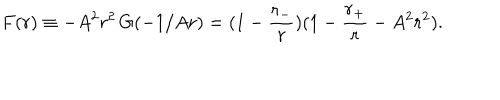
F ( r ) \equiv - A ^ { 2 } r ^ { 2 } \, G ( - 1 / A r ) = ( 1 - \frac { r _ { - } } { r } ) ( 1 - \frac { r _ { + } } { r } - A ^ { 2 } r ^ { 2 } ) .